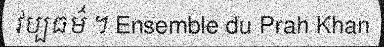
វប្បធម៌ ។ Ensemble du Prah Khan